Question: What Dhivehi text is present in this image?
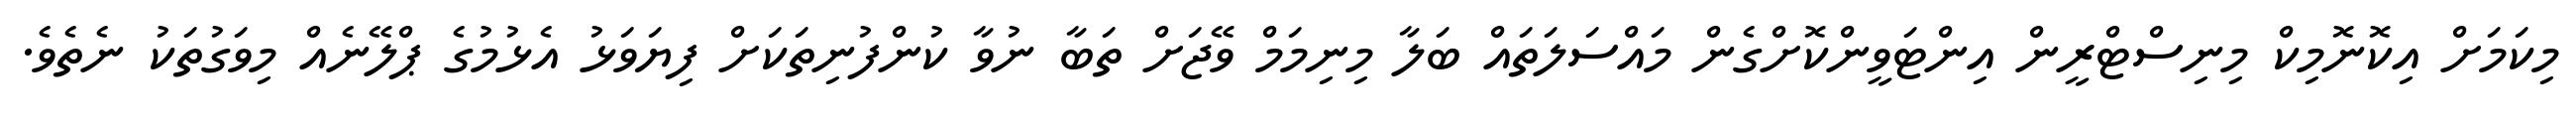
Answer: މިކަމަށް އިކޮނޮމިކް މިނިސްޓްރީން އިންޓަވީންކޮށްގެން މައްސަލަތައް ބަލާ މިނިމަމް ވޭޖަށް ތަބާ ނުވާ ކުންފުނިތަކަށް ފިޔަވަޅު އެޅުމުގެ ޕްލޭނެއް މިވަގުތަކު ނެތެވެ.